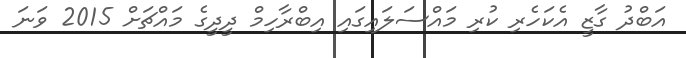
އަބްދު ގާޒީ އެކަހެރި ކުރި މައްސަލައިގައި އިބްރާހިމް ދީދީގެ މައްޗަށް 2015 ވަނަ